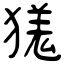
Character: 獇